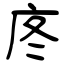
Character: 庝